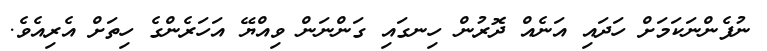
ނުފެންނަކަމަށް ހަދައި އަނެއް ދޮރުން ހިނގައި ގަންނަން ވިއްޔޭ އަހަރެންގެ ހިތަށް އެރިއެވެ.